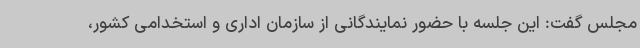
مجلس گفت: این جلسه با حضور نمایندگانی از سازمان اداری و استخدامی کشور،